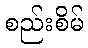
စည်းစိမ်